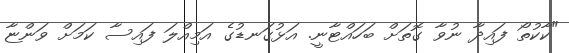
"ކާކުތޯ ފައިދާ ނުވާ ގޮތަށް ބަހައްޓާނީ. އަޅުގަނޑުގެ އަމިއްލަ ފައިސާ ކަމަށް ވަންޏާ